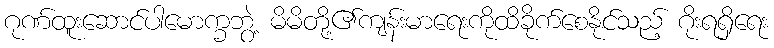
ဂုဏ်ထူးဆောင်ပါမောက္ခဘွဲ့ မိမိတို့၏ကျန်းမာရေးကိုထိခိုက်စေနိုင်သည့် ဂိုးရရှိရေး